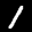
Label: 1